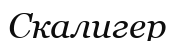
Скалигер